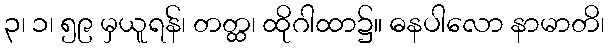
၃၊ ၁၊ ၅၉ မှယူရန်၊ တတ္ထ၊ ထိုဂါထာ၌။ ဓနပါလော နာမာတိ၊